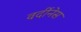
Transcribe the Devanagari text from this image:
वर्दीनेस